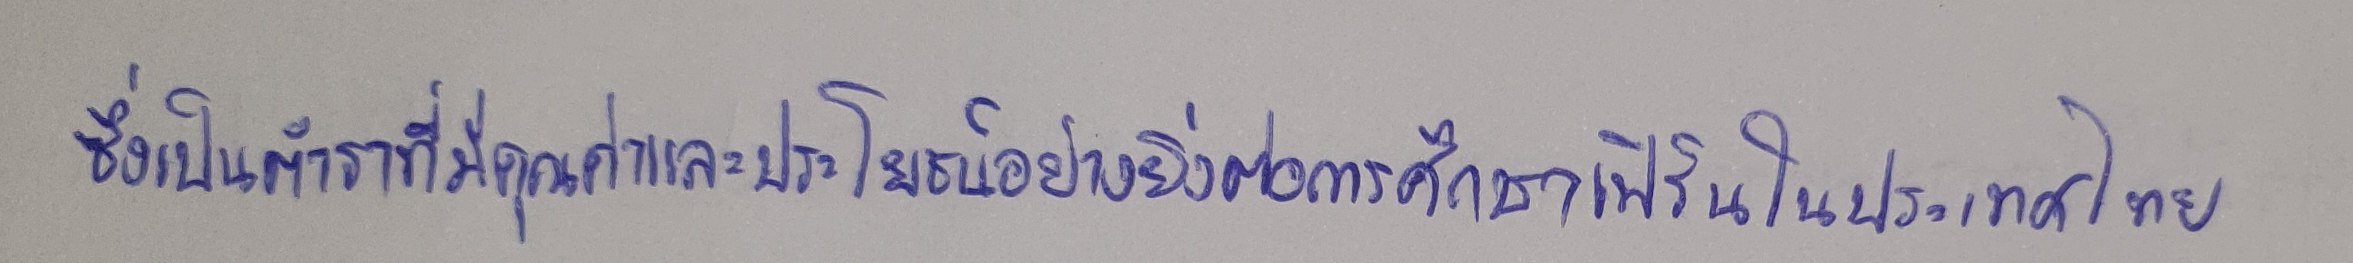
ซึ่งเป็นตำราที่มีคุณค่าและมีประโยชน์อย่างยิ่งต่อการศึกษาเฟิร์นในประเทศไทย